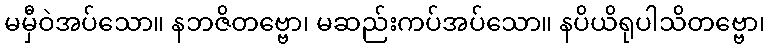
မမှီဝဲအပ်သော။ နဘဇိတဗ္ဗော၊ မဆည်းကပ်အပ်သော။ နပိယိရုပါသိတဗ္ဗော၊